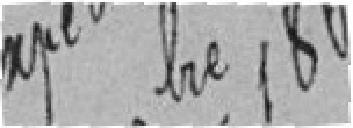
Expédié